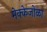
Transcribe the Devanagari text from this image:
मेक्केजोळा